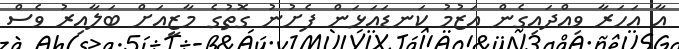
އާ އަހަރާ ވިއްދައިގެން އަޒުމު ކަނޑައަޅަން ފެށުނު ގޮތުގެ މާޒީއަށް ބަލާއިރު ވެސް